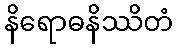
နိရောဓနိဿိတံ